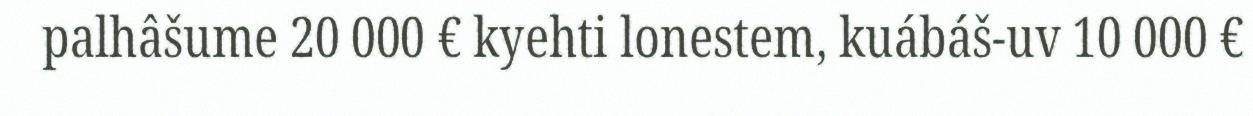
palhâšume 20 000 € kyehti lonestem, kuábáš-uv 10 000 €